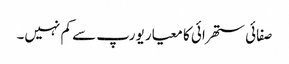
صفائی ستھرائی کا معیار یورپ سے کم نہیں۔